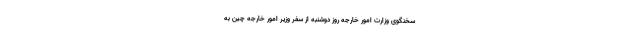
سخنگوی وزارت امور خارجه روز دوشنبه از سفر وزیر امور خارجه چین به